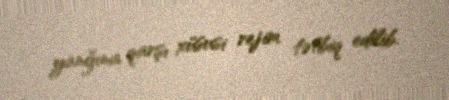
yanğına qarşı xüsusi rejim tətbiq edilib.